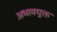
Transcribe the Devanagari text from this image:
अभावयुक्त